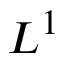
L ^ { 1 }